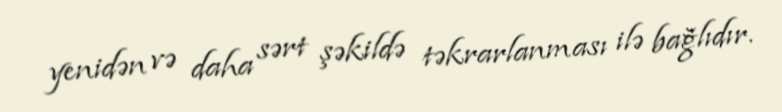
yenidən və daha sərt şəkildə təkrarlanması ilə bağlıdır.